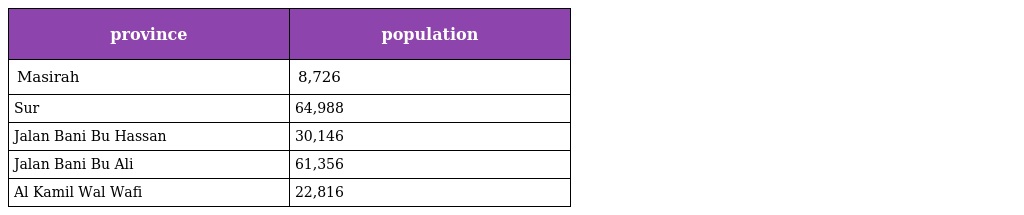
| province | population |
 | --- | --- |
 | Masirah | 8,726 |
 | Sur | 64,988 |
 | Jalan Bani Bu Hassan | 30,146 |
 | Jalan Bani Bu Ali | 61,356 |
 | Al Kamil Wal Wafi | 22,816 |